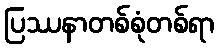
ပြဿနာတစ်စုံတစ်ရာ